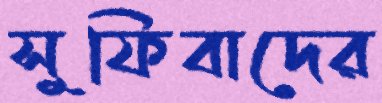
সুফিবাদের